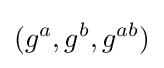
(g^{a},g^{b},g^{ab})